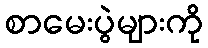
စာမေးပွဲများကို